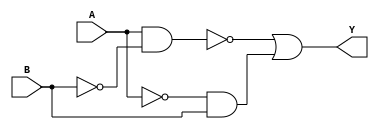
module XOR_gate (
  input A,
  input B,
  output Y
);

  // CMOS logic gates implementation
  assign Y = ~(A & ~B) | (~A & B);

endmodule